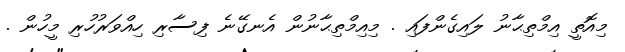
މިއޮތީ އިމްތިޙާނު ލައިގެންފައި . މިއިމްތިޙާނުން އެނގޭނެ ފިސާރި ހިއްވަރުހުރި މީހުން .